Report of the Indian Hemp Drugs Commission, 1894-1895 - Volume IV
Year: 1894
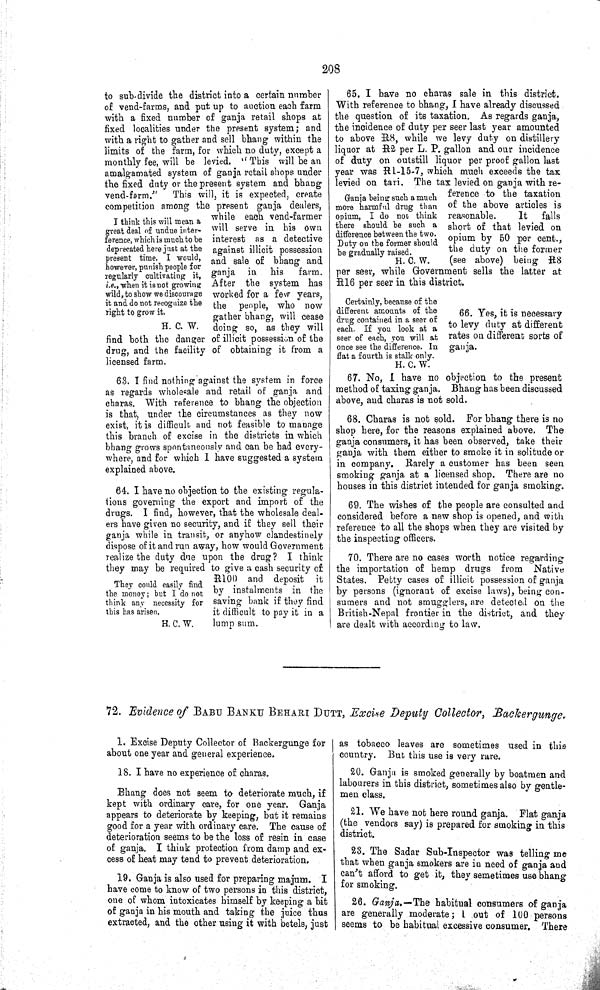
208
I think this will mean a
great deal of undue inter-
ference, which is much to be
deprecated here just at the
present time. I would,
however, punish people for
regularly cultivating it,
i.e., when it is not growing
wild, to show we discourage
it and do not recognize the
right to grow it.
H. C. W.
to sub-divide the district into a certain number
of vend-farms, and put up to auction each farm
with a fixed number of ganja retail shops at
fixed localities under the present system; and
with a right to gather and sell bhang within the
limits of the farm, for which no duty, except a
monthly fee, will be levied. "This will be an
amalgamated system of ganja retail shops under
the fixed duty or the present system and bhang
vend-farm."
This will, it is expected, create
competition among the present ganja dealers,
while each vend-farmer
will serve in his own
interest as a detective
against illicit possession
and sale of bhang and
ganja in
his
farm.
After the system has
worked for a few years,
the people, who now
gather bhang, will cease
doing so, as they will
find both the danger of illicit possession of the
drug, and the facility of obtaining it from a
licensed farm.
63. I find nothing against the system in force
as regards wholesale and retail of ganja and
charas. With reference to bhang the objection
is that, under the circumstances as they now
exist, it is difficult and not feasible to manage
this branch of excise in the districts in which
bhang grows spontaneously and can be had every-
where, and for which I have suggested a system
explained above.
They could easily find
the money; but I do not
think any necessity for
this has arisen.
H. C. W.
64. I have no objection to the existing regula-
tions governing the export and import of the
drugs. I find, however, that the wholesale deal-
ers have given no security, and if they sell their
ganja while in transit, or anyhow clandestinely
dispose of it and run away, how would Government
realize the duty due upon the drug? I think
they may be required to give a cash security of
R100 and deposit it
by instalments in the
saving bank if they find
it difficult to pay it in a
lump sum.
Ganja being such a much
more harmful drug than
opium, I do not think
there should be such a
difference between the two.
Duty on the former should
he gradually raised.
H. C. W.
65. I have no charas sale in this district.
With reference to bhang, I have already discussed
the question of its taxation. As regards ganja,
the incidence of duty per seer last year amounted
to above R8, while we levy duty on distillery
liquor at R2 per L. P. gallon and our incidence
of duty on outstill liquor per proof gallon last
year was R1-15-7, which much exceeds the tax
levied on tari. The tax levied on ganja with re-
ference to the taxation
of the above articles is
reasonable.
It
falls
short of that levied on
opium by 50 per cent.,
the duty on the former
(see above) being R8
per seer, while Government sells the latter at
R16 per seer in this district.
Certainly, because of the
different amounts of the
drug contained in a seer of
each. If you look at a
seer of each, you will at
once see the difference. In
flat a fourth is stalk only.
H. C. W.
66. Yes, it is necessary
to levy duty at different
rates on different sorts of
ganja.
67. No, I have no objection to the present
method of taxing ganja. Bhang has been discussed
above, and charas is not sold.
68. Charas is not sold. For bhang there is no
shop here, for the reasons explained above. The
ganja consumers, it has been observed, take their
ganja with them either to smoke it in solitude or
in company. Rarely a customer has been seen
smoking ganja at a licensed shop. There are no
houses in this district intended for ganja smoking.
69. The wishes of the people are consulted and
considered before a new shop is opened, and with
reference to all the shops when they are visited by
the inspecting officers.
70. There are no cases worth notice regarding
the importation of hemp drugs from Native
States. Petty cases of illicit possession of ganja
by persons (ignorant of excise laws), being con-
sumers and not smugglers, are detected on the
British-Nepal frontier in the district, and they
are dealt with according to law.
72. Evidence of BABU BANKU BEHARI DUTT, Excise Deputy Collector, Backergunge.
1. Excise Deputy Collector of Backergunge for
about one year and general experience.
18. I have no experience of charas.
Bhang does not seem to deteriorate much, if
kept with ordinary care, for one year. Ganja
appears to deteriorate by keeping, but it remains
good for a year with ordinary care. The cause of
deterioration seems to be the loss of resin in case
of ganja. I think protection from damp and ex-
cess of heat may tend to prevent deterioration.
19. Ganja is also used for preparing majum. I
have come to know of two persons in this district,
one of whom intoxicates himself by keeping a bit
of ganja in his mouth and taking the juice thus
extracted, and the other using it with betels, just
as tobacco leaves are sometimes used in this
country. But this use is very rare.
20. Ganja is smoked generally by boatmen and
labourers in this district, sometimes also by gentle-
men class.
21. We have not here round ganja. Flat ganja
(the vendors say) is prepared for smoking in this
district.
23. The Sadar Sub-Inspector was telling me
that when ganja smokers are in need of ganja and
can't afford to get it, they semetimes use bhang
for smoking.
26. Ganja.—The habitual consumers of ganja
are generally moderate; 1 out of 100 persons
seems to be habitual excessive consumer. There